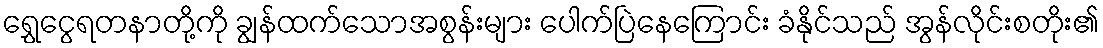
ရွှေငွေရတနာတို့ကို ချွန်ထက်သောအစွန်းများ ပေါက်ပြဲနေကြောင်း ခံနိုင်သည် အွန်လိုင်းစတိုး၏